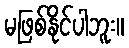
မဖြစ်နိုင်ပါဘူး။